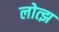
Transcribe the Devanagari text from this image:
लोत्झ